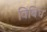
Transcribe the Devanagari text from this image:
विबिध